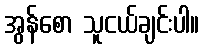
အွန်စော သူငယ်ချင်းပါ။